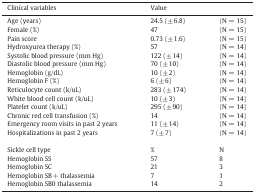
<table><thead><tr><td><b>Clinical variables</b></td><td><b>Value</b></td><td></td></tr></thead><tbody><tr><td>Age (years)</td><td>24.5 (± 6.8)</td><td>(N = 15)</td></tr><tr><td>Female (%)</td><td>47</td><td>(N = 15)</td></tr><tr><td>Pain score</td><td>0.73 (± 1.6)</td><td>(N = 15)</td></tr><tr><td>Hydroxyurea therapy (%)</td><td>57</td><td>(N = 14)</td></tr><tr><td>Systolic blood pressure (mm Hg)</td><td>122 (± 14)</td><td>(N = 14)</td></tr><tr><td>Diastolic blood pressure (mm Hg)</td><td>70 (± 10)</td><td>(N = 14)</td></tr><tr><td>Hemoglobin (g/dL)</td><td>10 (± 2)</td><td>(N = 14)</td></tr><tr><td>Hemoglobin F (%)</td><td>6 (± 6)</td><td>(N = 14)</td></tr><tr><td>Reticulocyte count (k/uL)</td><td>283 (± 174)</td><td>(N = 14)</td></tr><tr><td>White blood cell count (k/uL)</td><td>10 (± 3)</td><td>(N = 14)</td></tr><tr><td>Platelet count (k/uL)</td><td>295 (± 90)</td><td>(N = 14)</td></tr><tr><td>Chronic red cell transfusion (%)</td><td>14</td><td>(N = 14)</td></tr><tr><td>Emergency room visits in past 2 years</td><td>11 (± 14)</td><td>(N = 14)</td></tr><tr><td>Hospitalizations in past 2 years</td><td>7 (± 7)</td><td>(N = 14)</td></tr><tr><td colspan="3">  </td></tr><tr><td>Sickle cell type</td><td>%</td><td>N</td></tr><tr><td>Hemoglobin SS</td><td>57</td><td>8</td></tr><tr><td>Hemoglobin SC</td><td>21</td><td>3</td></tr><tr><td>Hemoglobin SB + thalassemia</td><td>7</td><td>1</td></tr><tr><td>Hemoglobin SB0 thalassemia</td><td>14</td><td>2</td></tr></tbody></table>